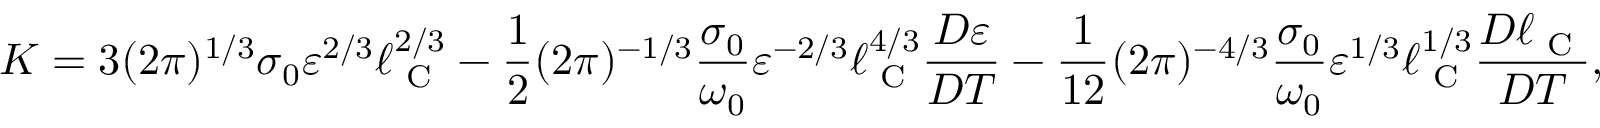
K = 3 ( 2 \pi ) ^ { 1 / 3 } \sigma _ { 0 } \varepsilon ^ { 2 / 3 } \ell _ { \textrm { C } } ^ { 2 / 3 } - \frac { 1 } { 2 } ( 2 \pi ) ^ { - 1 / 3 } \frac { \sigma _ { 0 } } { \omega _ { 0 } } \varepsilon ^ { - 2 / 3 } \ell _ { \textrm { C } } ^ { 4 / 3 } \frac { D \varepsilon } { D T } - \frac { 1 } { 1 2 } ( 2 \pi ) ^ { - 4 / 3 } \frac { \sigma _ { 0 } } { \omega _ { 0 } } \varepsilon ^ { 1 / 3 } \ell _ { \textrm { C } } ^ { 1 / 3 } \frac { D \ell _ { \textrm { C } } } { D T } ,